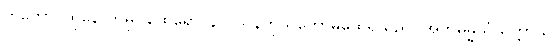
တတော၊ ထိုနောက်မှ။ ထေရော၊ နာဂသိန်ကိုယ်တော်မထေရ်သည်။ အဘိဓမ္မသံယုတ္တာယ၊